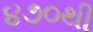
૪૭૦થી